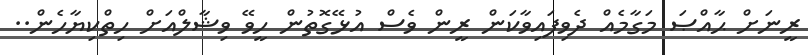
ރީނަށް ޙާއްޞަ މަގާމެއް ދެވިފައިވާކަން ރީން ވެސް އުޅޭގޮތުން ހީވޭ ވިޝާލްއަށް ހިތްކިޔާހެން..